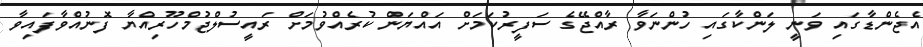
އެޖެންޑާގައި ވަނީ ލަންކާގައި ހުންނަވާ ރާއްޖޭގެ ސަފީރުކަމަށް އައްޔަން ކުރެއްވުމަށް ރައީސުލްޖުމްހޫރިއްޔާ ފޮނުއްވާފައިވާ